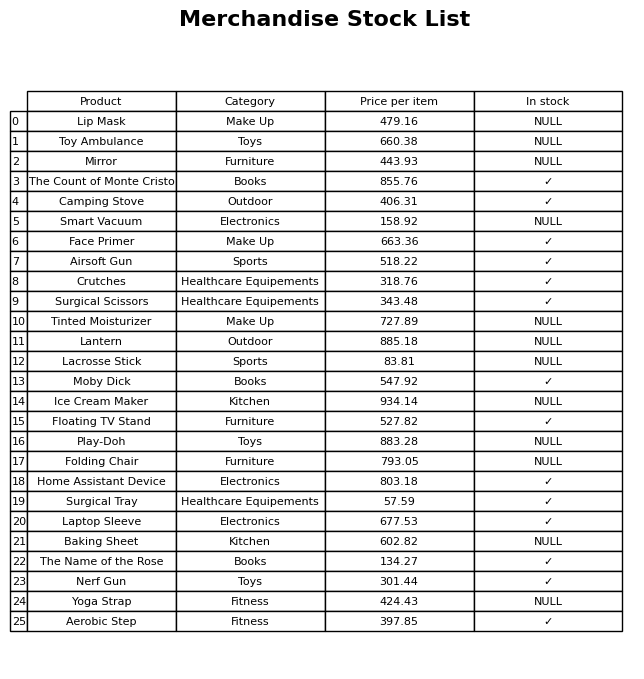
question: What is the price for Yoga Strap?
answer: The price of Yoga Strap is 424.43.